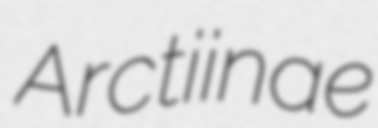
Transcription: Arctiinae